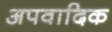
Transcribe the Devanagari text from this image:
अपवादिक